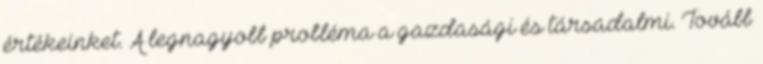
értékeinket. A legnagyobb probléma a gazdasági és társadalmi. Tovább